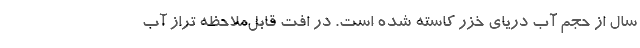
سال از حجم آب دریای خزر کاسته شده است. در افت قابل‌ملاحظه تراز آب